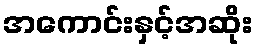
အကောင်းနှင့်အဆိုး